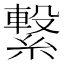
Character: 繋